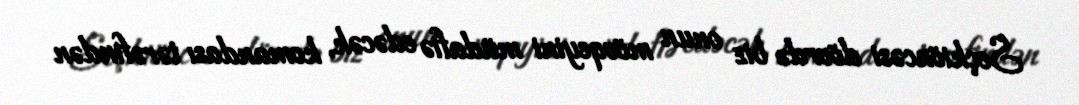
Seçkiöncəsi dövrdə biz onun mövqeyini müdafiə edəcək, komandası tərəfindən